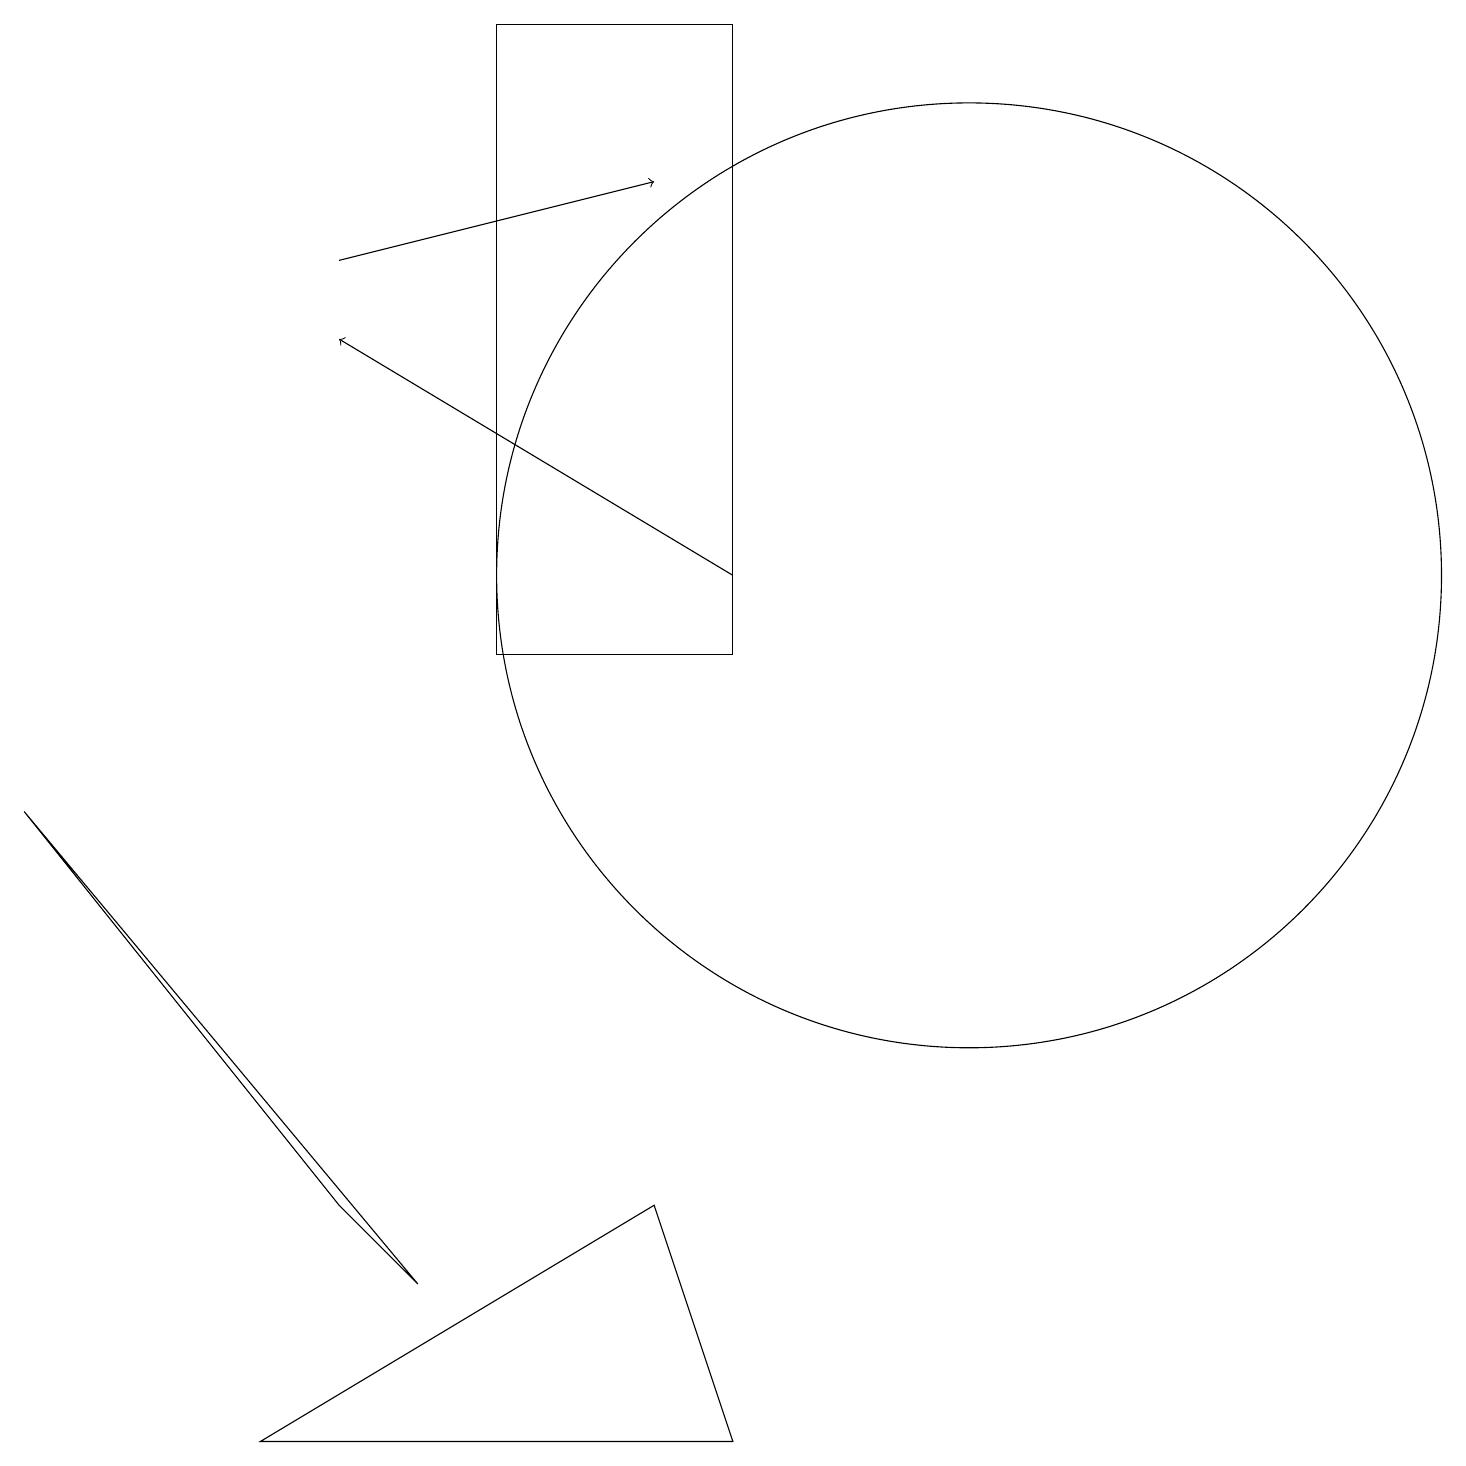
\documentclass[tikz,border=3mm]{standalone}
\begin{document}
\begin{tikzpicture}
\draw (6,10) rectangle (9,18);
\draw[->] (9,11) -- (4,14);
\draw[->] (4,15) -- (8,16);
\draw (0,8) -- (5,2) -- (4,3) -- cycle;
\draw (8,3) -- (3,0) -- (9,0) -- cycle;
\draw (12,11) circle (6);
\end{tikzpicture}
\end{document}